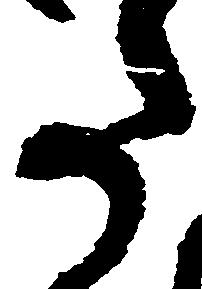
た